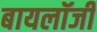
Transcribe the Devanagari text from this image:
बायलॉजी